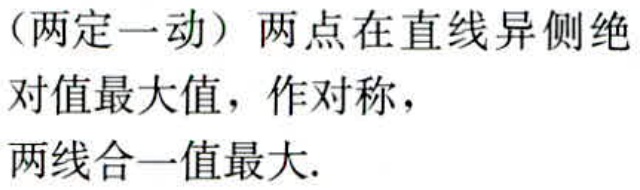
（两定一动）两点在直线异侧绝对值最大值，作对称，

两线合一值最大.